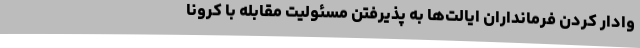
وادار کردن فرمانداران ایالت‌ها به پذیرفتن مسئولیت مقابله با کرونا